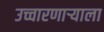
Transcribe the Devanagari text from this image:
उच्चारणाऱ्याला